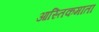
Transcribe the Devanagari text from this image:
आस्तिकमाता